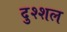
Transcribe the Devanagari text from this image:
दुश्शल